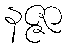
နဇ္ဇာ